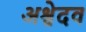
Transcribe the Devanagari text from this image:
अश्वेदव